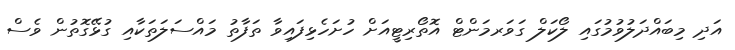
އަދި މިބައްދަލުވުމުގައި ލޯކަލް ގަވަރމަންޓް އޮތޯރިޓީއަށް ހުށަހެޅިފައިވާ ތަފާތު މައްސަލަތަކާއި ގުޅޭގޮތުން ވެސް